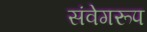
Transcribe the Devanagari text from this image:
संवेगरूप